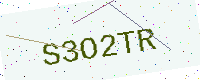
Text: S3O2TR